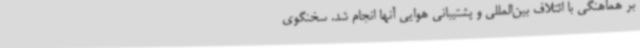
بر هماهنگی با ائتلاف بین‌المللی و پشتیبانی هوایی آنها انجام شد. سخنگوی